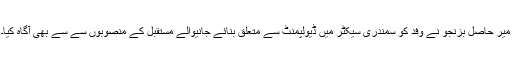
میر حاصل بزنجو نے وفد کو سمندری سیکٹر میں ڈیولپمنٹ سے متعلق بنائے جانیوالے مستقبل کے منصوبوں سے سے بھی آگاہ کیا۔